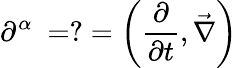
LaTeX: \partial^{\alpha}\ =?=\left({\frac{\partial}{\partial t}},{\vec{\nabla}}\right)